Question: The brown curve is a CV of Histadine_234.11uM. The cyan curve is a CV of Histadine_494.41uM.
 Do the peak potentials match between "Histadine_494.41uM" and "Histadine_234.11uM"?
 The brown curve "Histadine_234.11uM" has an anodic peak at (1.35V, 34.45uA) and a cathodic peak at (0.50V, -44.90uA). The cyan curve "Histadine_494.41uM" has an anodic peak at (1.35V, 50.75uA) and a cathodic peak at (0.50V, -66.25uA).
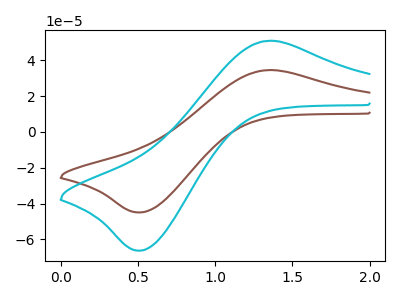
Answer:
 <answer>Yes, "Histadine_494.41uM" have a peak in "Histadine_234.11uM" at the same potential.</answer>
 <eval>match</eval>